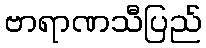
ဗာရာဏသီပြည်